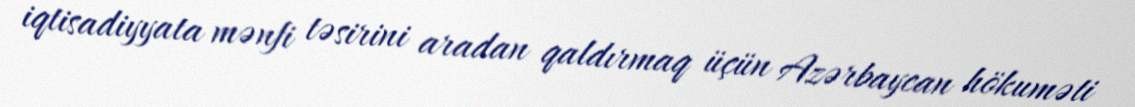
iqtisadiyyata mənfi təsirini aradan qaldırmaq üçün Azərbaycan hökuməti